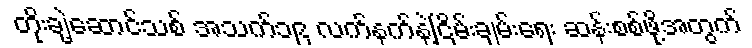
တိုးချဲ့ဆောင်သစ် အသက်၁၉ လက်နက်နဲ့ငြိမ်းချမ်းရေး ဆန်းစစ်ဖို့အတွက်